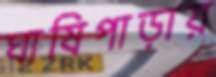
ঘাষিপাড়ায়